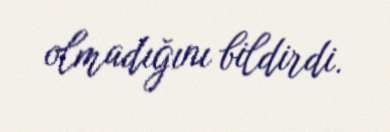
olmadığını bildirdi.